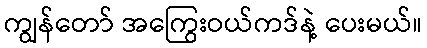
ကျွန်တော် အကြွေးဝယ်ကဒ်နဲ့ ပေးမယ်။